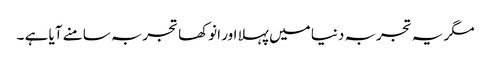
مگر یہ تجربہ دنیا میں پہلا اور انوکھا تجربہ سامنے آیا ہے ۔